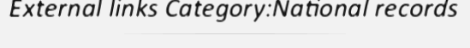
External links Category:National records